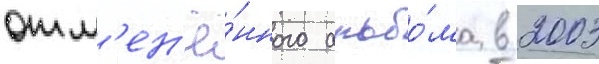
отм'ен'ё́нного альбо́ма в 2003